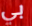
بي